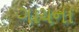
ગાયના